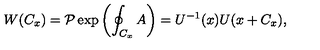
W ( C _ { x } ) = { \mathcal { P } } \exp \left( \oint _ { C _ { x } } A \right) = U ^ { - 1 } ( x ) U ( x + C _ { x } ) ,